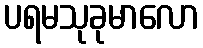
ပရမသုခုမာလော